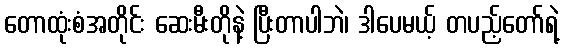
တောထုံးစံအတိုင်း ဆေးမီးတိုနဲ့ ပြီးတာပါဘဲ၊ ဒါပေမယ့် တပည့်တော်ရဲ့